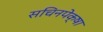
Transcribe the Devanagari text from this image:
सचिनपेक्षा